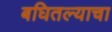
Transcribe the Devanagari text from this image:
बघितल्याचा